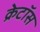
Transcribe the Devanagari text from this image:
क्रेटॉस